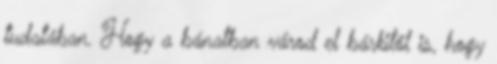
tudatában. Hogy a bánatban várod el bárkitől is, hogy